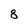
Character: 8